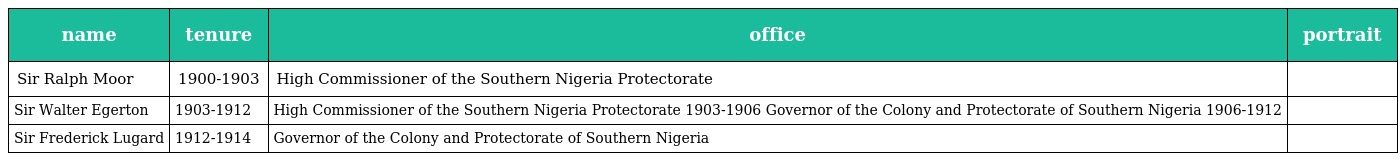
| name | tenure | office | portrait |
 | --- | --- | --- | --- |
 | Sir Ralph Moor | 1900-1903 | High Commissioner of the Southern Nigeria Protectorate |  |
 | Sir Walter Egerton | 1903-1912 | High Commissioner of the Southern Nigeria Protectorate 1903-1906 Governor of the Colony and Protectorate of Southern Nigeria 1906-1912 |  |
 | Sir Frederick Lugard | 1912-1914 | Governor of the Colony and Protectorate of Southern Nigeria |  |